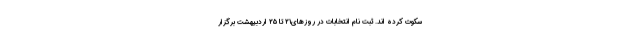
سکوت کرده اند. ثبت نام انتخابات در روزهای۲۱ تا ۲۵ اردبیهشت برگزار